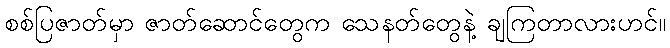
စစ်ပြဇာတ်မှာ ဇာတ်ဆောင်တွေက သေနတ်တွေနဲ့ ချကြတာလားဟင်။